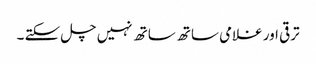
ترقی اور غلامی ساتھ ساتھ نہیں چل سکتے ۔